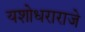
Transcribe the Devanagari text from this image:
यशोधराराजे